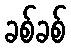
ခစ်ခစ်